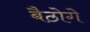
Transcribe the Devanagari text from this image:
बैठोगे